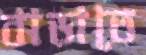
বাড়াতে